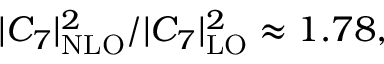
| { \cal C } _ { 7 } | _ { \mathrm { N L O } } ^ { 2 } / | { \cal C } _ { 7 } | _ { \mathrm { L O } } ^ { 2 } \approx 1 . 7 8 ,